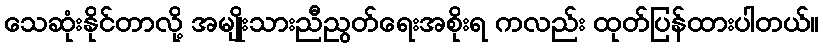
သေဆုံးနိုင်တာလို့ အမျိုးသားညီညွတ်ရေးအစိုးရ ကလည်း ထုတ်ပြန်ထားပါတယ်။